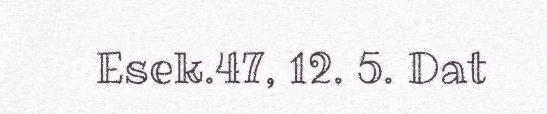
Esek.47, 12. 5. Dat